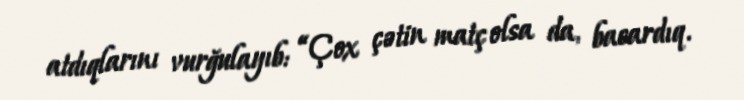
atdıqlarını vurğulayıb: “Çox çətin matç olsa da, bacardıq.